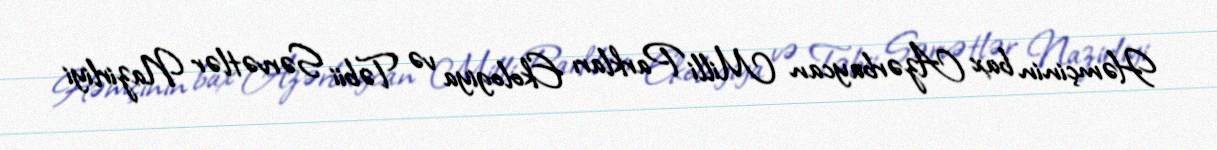
Həmçinin bax Azərbaycan Milli Parkları Ekologiya və Təbii Sərvətlər Nazirliyi